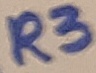
Text: 11